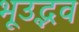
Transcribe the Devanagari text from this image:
भूउद्भव